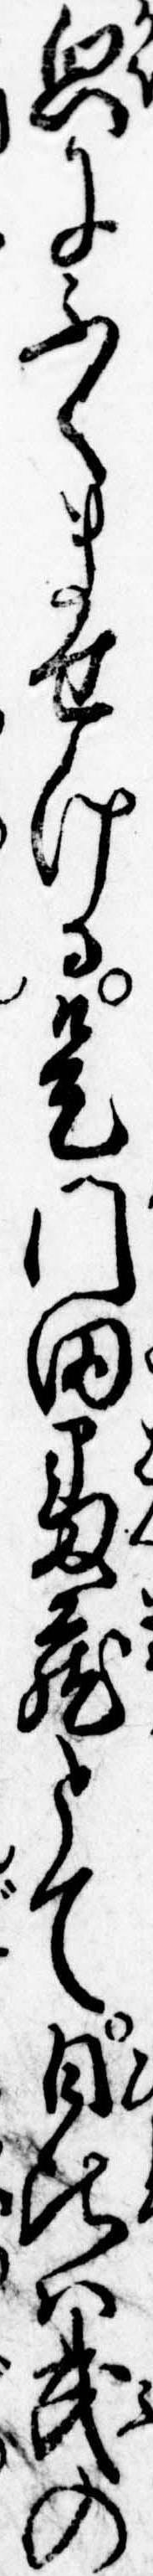
貌にふくませける是門田番蔵とて日比は武の